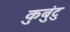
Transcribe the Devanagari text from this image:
कुबुंटु